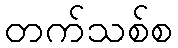
တက်သစ်စ